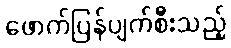
ဖောက်ပြန်ပျက်စီးသည့်